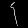
Digit: ၄